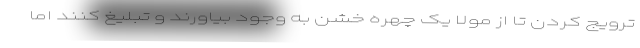
ترویج کردن تا از مولا یک چهره خشن به وجود بیاورند و تبلیغ کنند اما